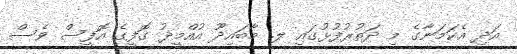
އަދި އެކަމަނާގެ މި ދަތުރުފުޅުގައި ލ. މާބައިދޫ އުއްމީދު ގޮފީގެ އޮފީސް ވެސް